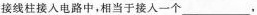
接线柱接入电路中，相当于接入一个___,